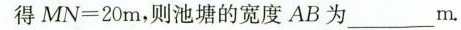
得$$MN=20m$$，则池塘的宽度AB为___m.